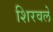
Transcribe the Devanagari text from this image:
शिरवले